Scottish Leaving Certificate Examination, 1958
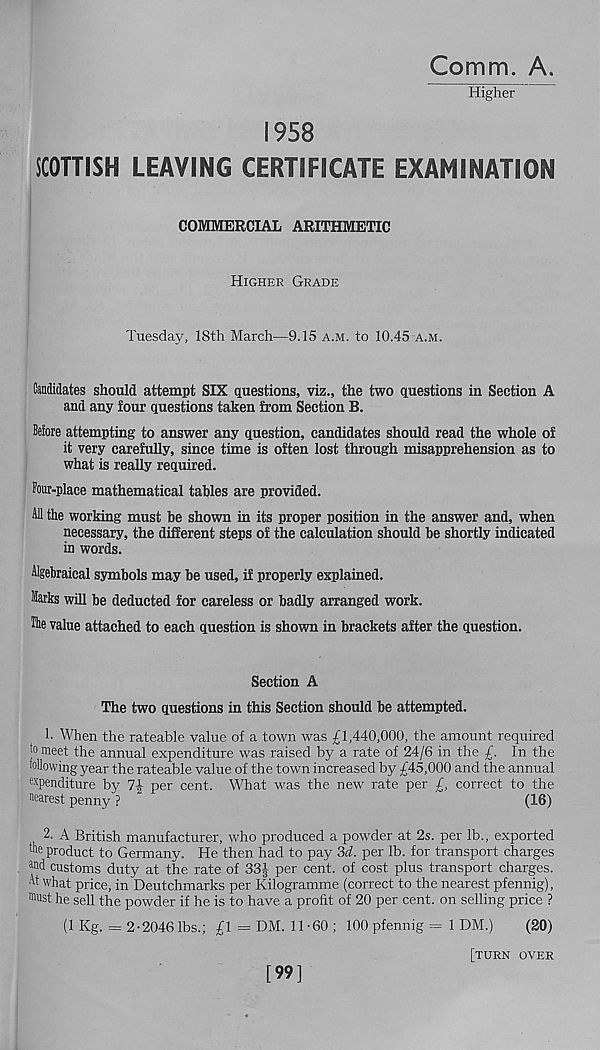
Comm. A.
Higher
1958
SCOTTISH LEAVING CERTIFICATE EXAMINATION
COMMERCIAL ARITHMETIC
Higher Grade
Tuesday, 18th March—9.15 a.m. to 10.45 a.m.
Candidates should attempt SIX questions, viz., the two questions in Section A
and any four questions taken from Section B.
Before attempting to answer any question, candidates should read the whole of
it very carefully, since time is often lost through misapprehension as to
what is really required.
Four-place mathematical tables are provided.
All the working must be shown in its proper position in the answer and, when
necessary, the different steps of the calculation should be shortly indicated
in words.
Algebraical symbols may be used, if properly explained.
Marks will be deducted for careless or badly arranged work.
fte value attached to each question is shown in brackets after the question.
Section A
The two questions in this Section should be attempted.
h When the rateable value of a town was £1,440,000, the amount required
jo meet the annual expenditure was raised by a rate of 24/6 in the £. In the
following year the rateable value of the town increased by £45,000 and the annual
ex penditure by 7J per cent. What was the new rate per £, correct to the
nearest penny ?
(16)
2. A British manufacturer, who produced a powder at 2s. per lb., exported
fte product to Germany. He then had to pay 3d. per lb. for transport charges
a nd customs duty at the rate of 33| per cent, of cost plus transport charges.
At what price, in Deutchmarks per Kilogramme (correct to the nearest pfennig),
mu st he sell the powder if he is to have a profit of 20 per cent, on selling price ?
(1 Kg. = 2-2046 lbs.; £1 = DM. 11-60 ; 100 pfennig = 1 DM.)
(20)
[turn over
[99]